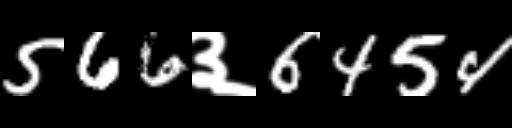
Text: 566३6454